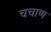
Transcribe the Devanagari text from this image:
चचाण